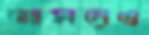
আসনেও